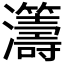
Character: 𤅕